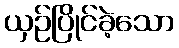
ယှဉ်ပြိုင်ခဲ့သော